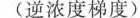
(逆浓度梯度)